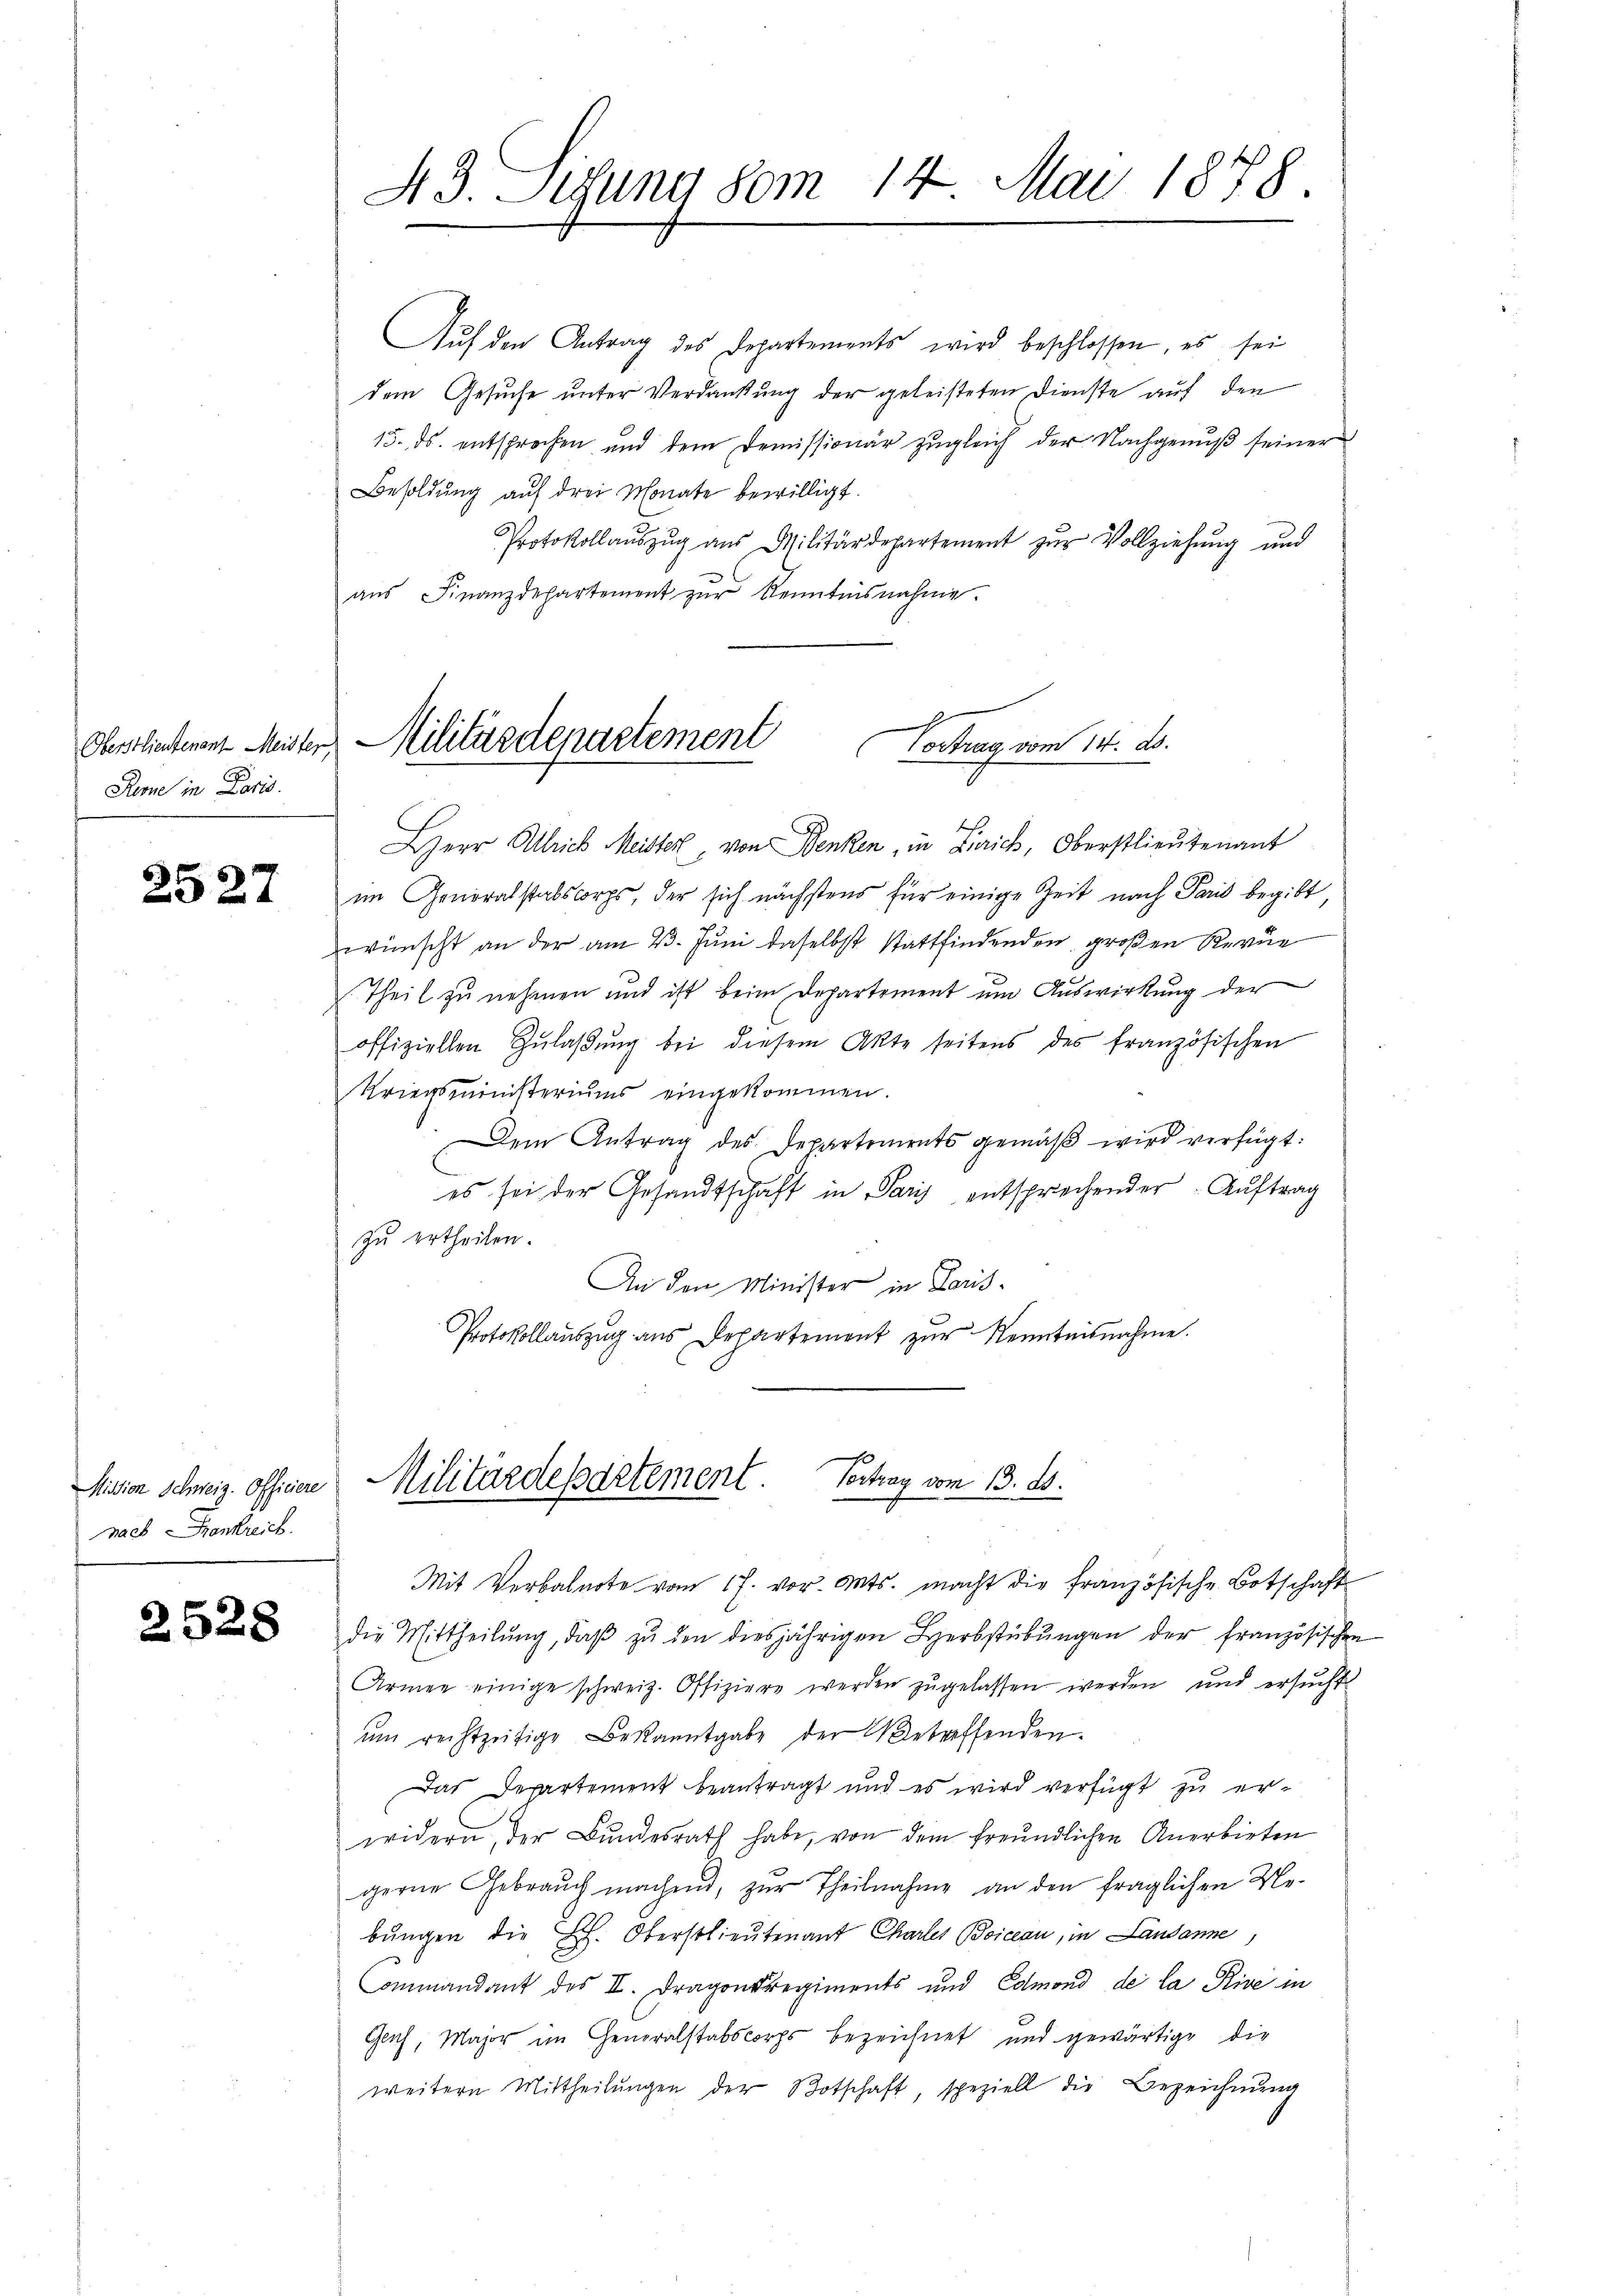
Oberstlieutenant Meister
Renne in Paris.

2527

Mission Schweiz. Officiere
nach Krankreich.

2528

43. Lesung vom 14. Mai 1878.

Aŭf den Antrag des Departements wird beschlossen, es sei
dem Gesuche unter Verdankung der geleisteten Dienste auf den
15. ds. entsprochen und dem Demissionär zŭgleich der Nachgenŭβ seiner
Besoldung auf drei Monate bewilligt.
Protokollaŭszŭg aŭs Militärdepartement zŭr Vollziehŭng und
aŭs Finanzdepartement zŭr Kenntnisnahme.
Herr Ulrich Meister, von Benken, in Zürich, Oberstlieutenant
im Generalstalskorps, der sich nächstens für einige Zeit nach Paris begibt,
wünscht an der am 23. Juni daselbst stattfindenden großen Revue
Theil zu nehmen und ist beim Departement um Auswirkung der
offiziellen Zŭlaβŭng bei diesem Akte seitens des französischen
Kriegsministeriums eingekommen.
Dem Antrag des Departements gemäß wird verfügt:
es sei der Gesandtschaft in Paris entsprechender Auftrag
zu ertheilen.
An den Minister in Paris¬
Protokollauszug aus Departement zur Kenntnisnahme.
Militärdepartement Vortrag vom 13. ds.
Mit Verbalnote vom 17. vor. Mts. macht die französische Botschaft
die Mittheilŭng, daβ zŭ den diesjährigen Herbstübŭngen der französischen
Armee einige schweiz. Offiziere werden zŭgelassen werden, und ersŭcht
ŭm rechtzeitige Bekanntgabe der Betreffenden.
Das Departement beantragt und es wird verfügt zu erwidern, der Bŭndesrath habe, von dem freundlichen Anerbieten
gerne Gebraŭch machend, zŭr Theilnahme an den fraglichen Ne-
bŭngen die L. Oberstlieutenant Charler Boicean, in Landanne,
Commandant des II. Dragonsregiments und Edmond de la Rive in
Gauch, Major im Generalstabscorps bezeichnet und gewärtige die
weitern Mittheilŭngen der Botschaft speziell die Bezeichnŭng

Militärdepartement
Vortrag vom 14. d.